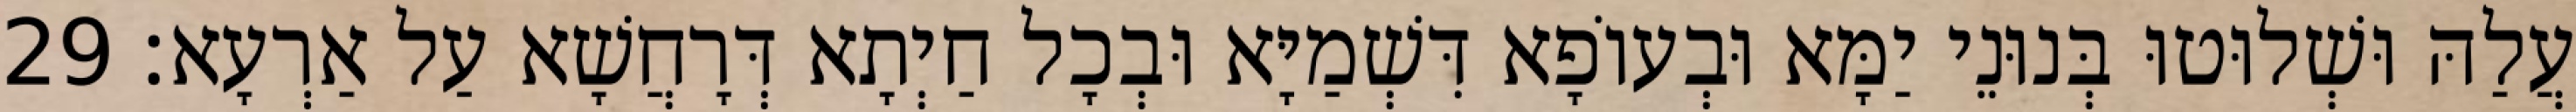
עֲלַהּ וּשְׁלוּטוּ בְּנוּנֵי יַמָּא וּבְעוֹפָא דִּשְׁמַיָּא וּבְכָל חַיְתָא דְּרָחֲשָׁא עַל אַרְעָא׃ 29